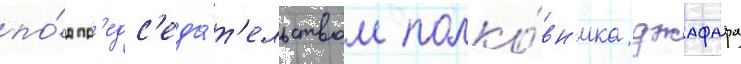
по́д пр'едс'еда́т'ельством полко́вн'ика джафара